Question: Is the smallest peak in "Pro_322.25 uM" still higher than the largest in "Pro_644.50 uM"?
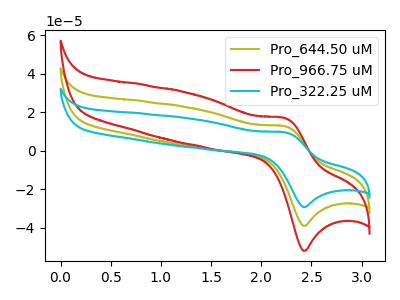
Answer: <think>The olive curve "Pro_644.50 uM" has an anodic peak at (2.25V, 12.75uA) and a cathodic peak at (2.45V, -38.90uA). The red curve "Pro_966.75 uM" has an anodic peak at (2.25V, 25.50uA) and a cathodic peak at (2.45V, -77.75uA). The cyan curve "Pro_322.25 uM" has an anodic peak at (2.25V, 9.55uA) and a cathodic peak at (2.45V, -29.15uA).</think>
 <answer>Every peak in "Pro_322.25 uM" is lower than every peak in "Pro_644.50 uM".</answer>
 <eval>lower</eval>